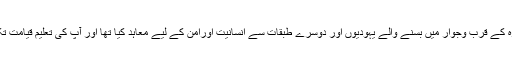
حضور ﷺ نے مدینہ منورہ کے قرب وجوار میں بسنے والے یہودیوں اور دوسرے طبقات سے انسانیت اورامن کے لیے معاہد کیا تھا اور آپ کی تعلیم قیامت تک کے لیے مشعل راہ ہے۔